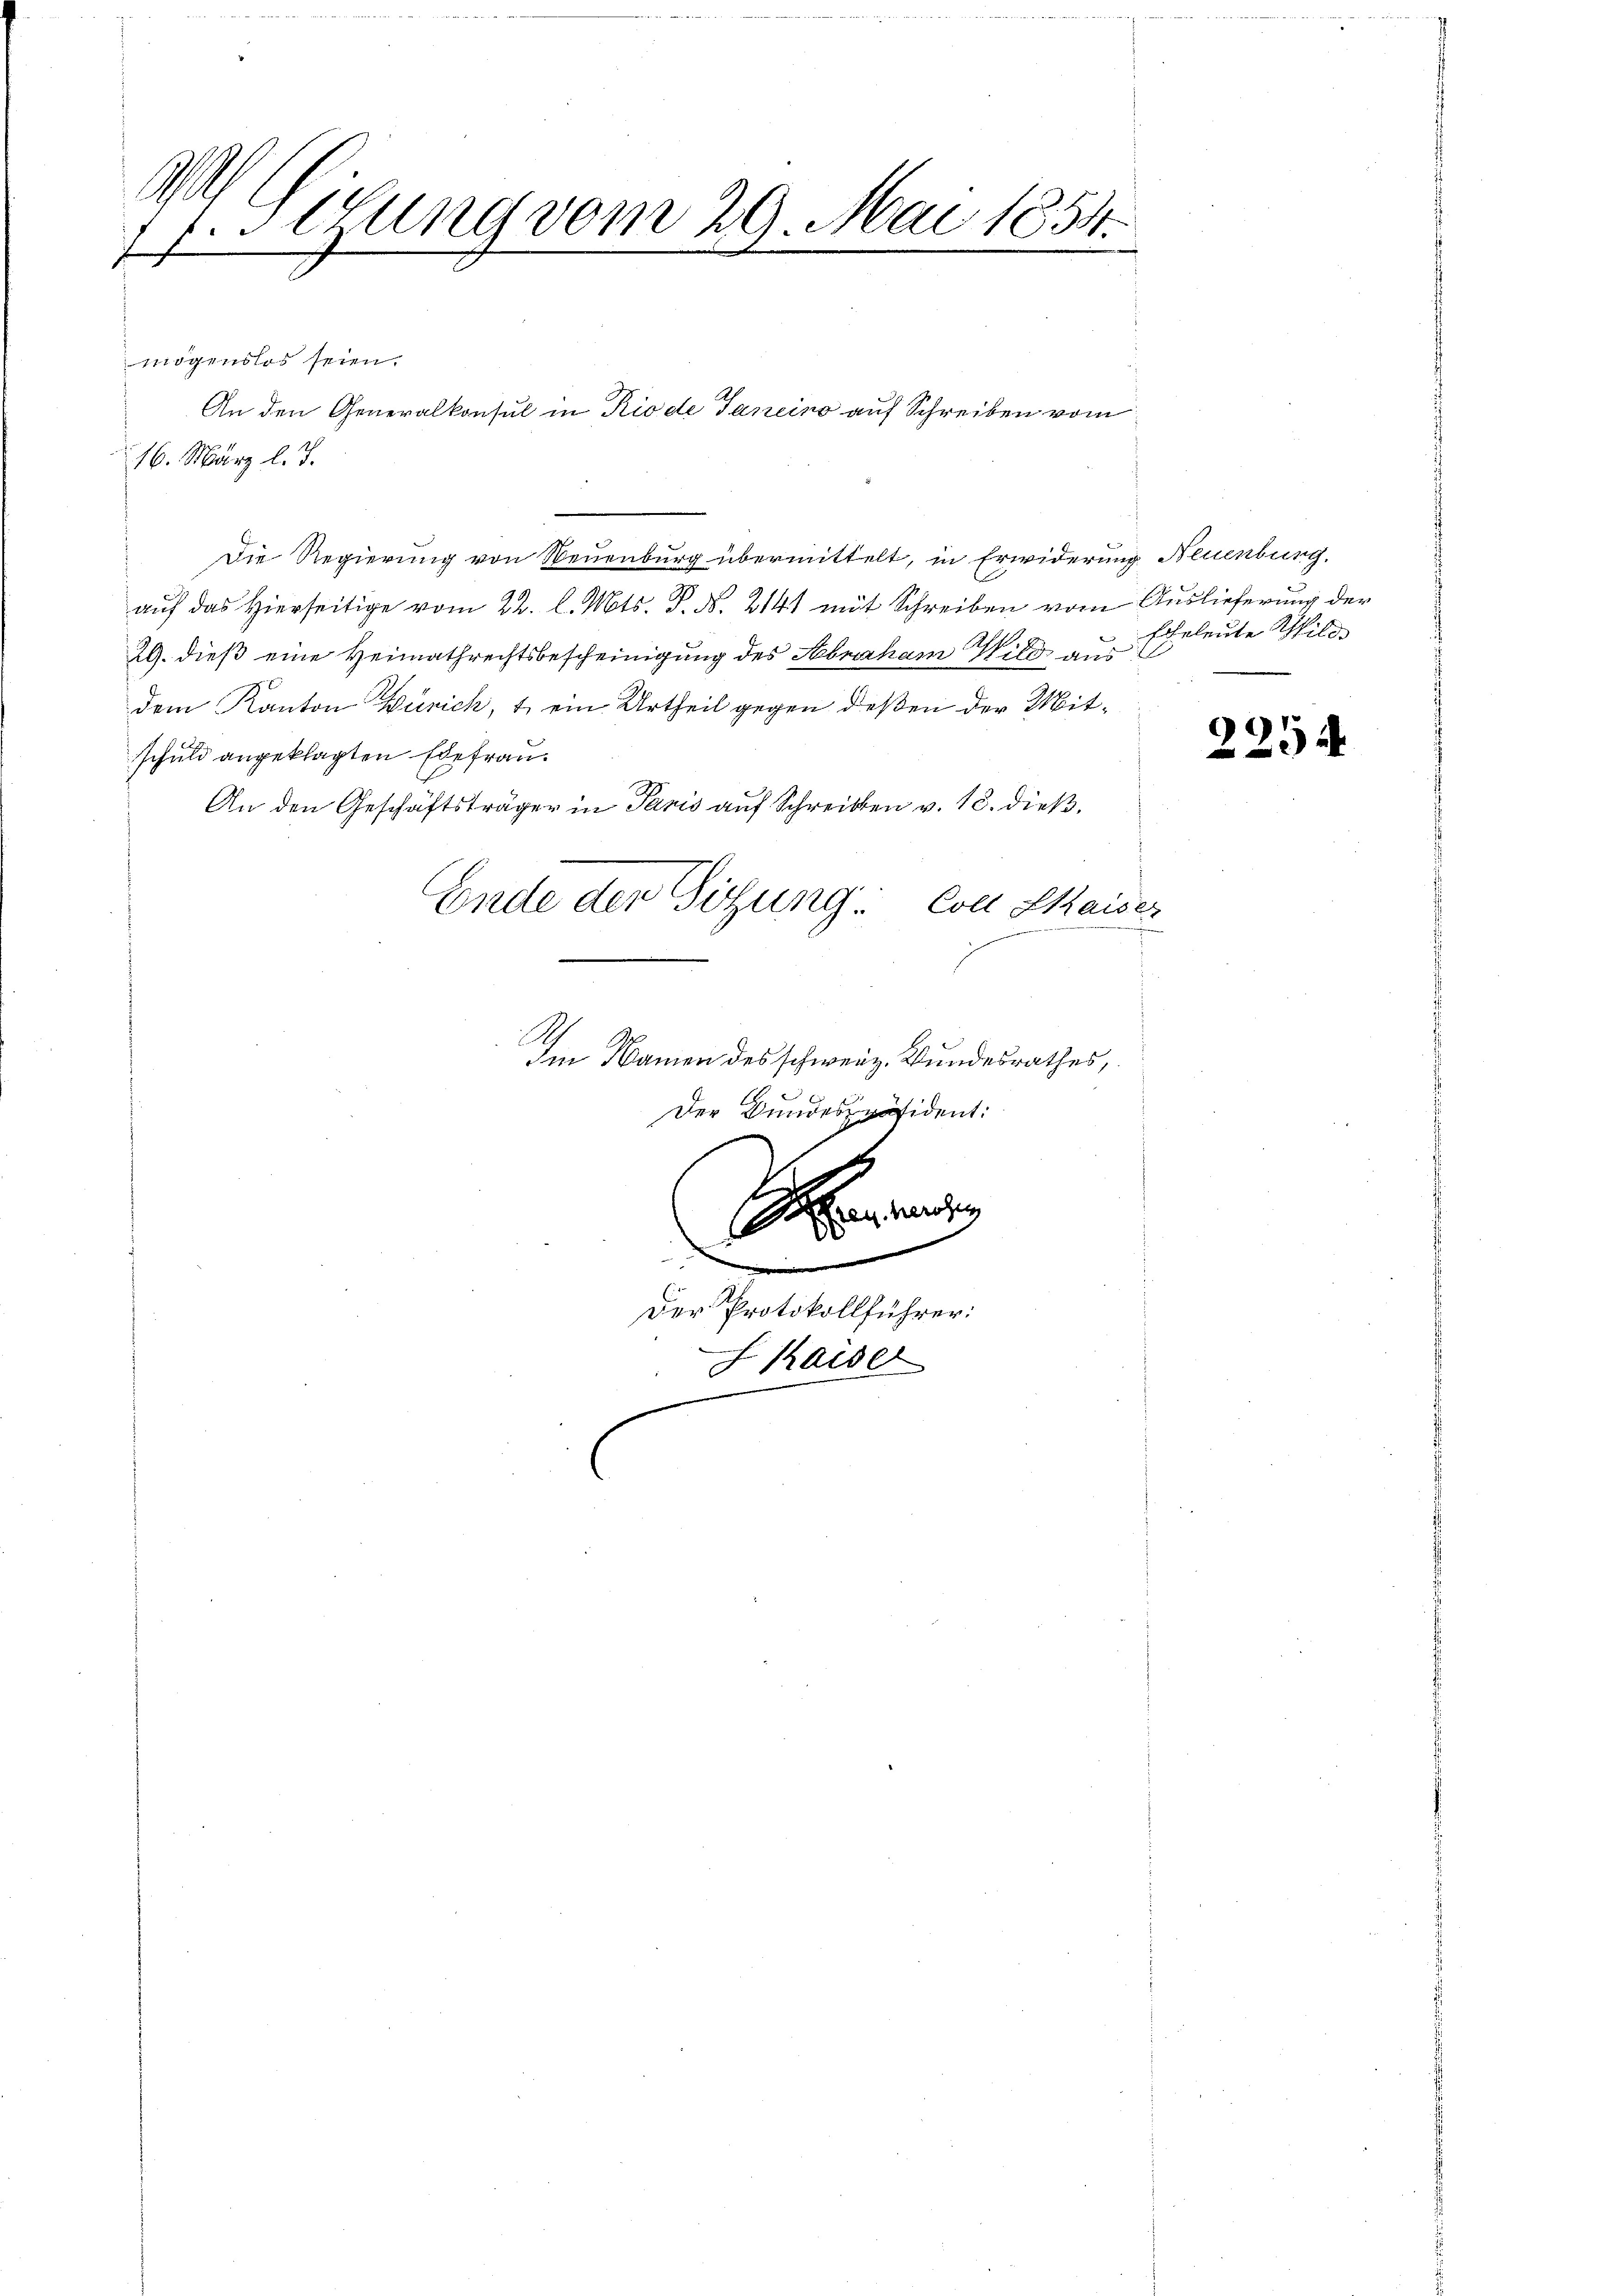
A
.lung vom 29. Mai 1854.
f
E

mögenslos seien.
16. März l. J.
Die Regierung von Neuenburg übermittelt, in Erwiderung Neuenburg,
auf das Hierseitige vom 22. l. Mts. P. N. 2141 mit Schreiben vom Auslieferung der
29. dieß eine Heimathrechtsbescheinigung des Abraham Wild aus
dem Kanton Zürich, 1. ein Urtheil gegen deßen der Mitschuld angeklagten Edefrau.
An den Geschäftsträger in Paris auf Schreiben v. 18. dieß.
Ende der Sitzung: Coe Kaiser
Im Namen des schweiz. Bundesrathes,
Der Bundespräsident:

An den Generalkonsul in Rio de Janeins auf Schreiben vom

herchen

.
Der Protokollführer:
S Kaiser

Eheleute Milo

2254